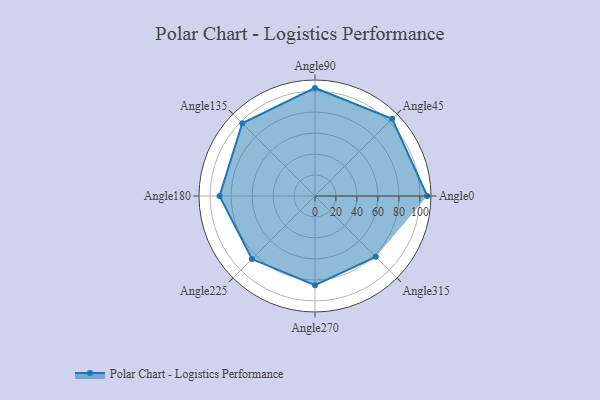
{"axis": {"x": "Angle", "y": "Radius"}, "legend": [""], "data": [{"x": "Angle0", "y": 107.0, "type": ""}, {"x": "Angle45", "y": 104.0, "type": ""}, {"x": "Angle90", "y": 103.0, "type": ""}, {"x": "Angle135", "y": 98.0, "type": ""}, {"x": "Angle180", "y": 91.0, "type": ""}, {"x": "Angle225", "y": 85.0, "type": ""}, {"x": "Angle270", "y": 85.0, "type": ""}, {"x": "Angle315", "y": 82.0, "type": ""}]}